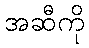
အဆီကို